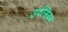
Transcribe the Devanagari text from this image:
उर्वसियम